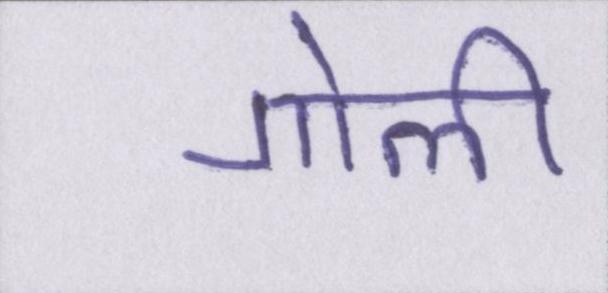
गोली